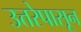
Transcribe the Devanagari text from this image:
उत्तरेपासून